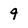
Character: 9